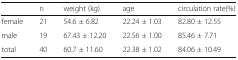
<table><thead><tr><td></td><td><b>n</b></td><td><b>weight (kg)</b></td><td><b>age</b></td><td><b>circulation rate(%)</b></td></tr></thead><tbody><tr><td>female</td><td>21</td><td>54.6 ± 6.82</td><td>22.24 ± 1.03</td><td>82.80 ± 12.55</td></tr><tr><td>male</td><td>19</td><td>67.43 ± 12.20</td><td>22.56 ± 1.00</td><td>85.46 ± 7.71</td></tr><tr><td>total</td><td>40</td><td>60.7 ± 11.60</td><td>22.38 ± 1.02</td><td>84.06 ± 10.49</td></tr></tbody></table>